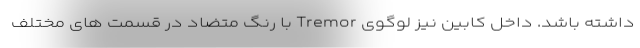
داشته باشد. داخل کابین نیز لوگوی Tremor با رنگ متضاد در قسمت های مختلف